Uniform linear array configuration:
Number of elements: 24
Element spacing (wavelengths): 0.25
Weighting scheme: uniform
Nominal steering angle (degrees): -30
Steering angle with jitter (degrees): -30.603
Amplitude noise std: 0.05
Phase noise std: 0.05

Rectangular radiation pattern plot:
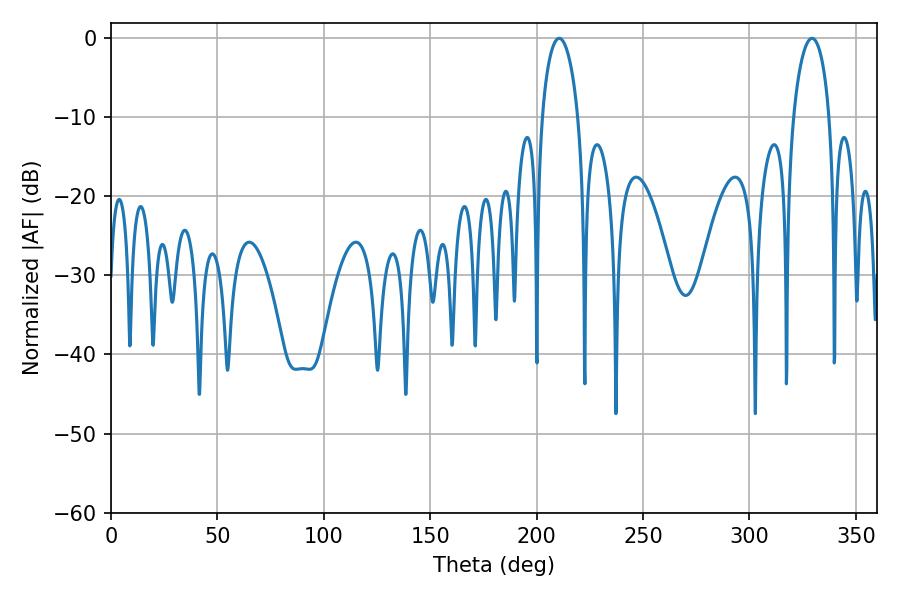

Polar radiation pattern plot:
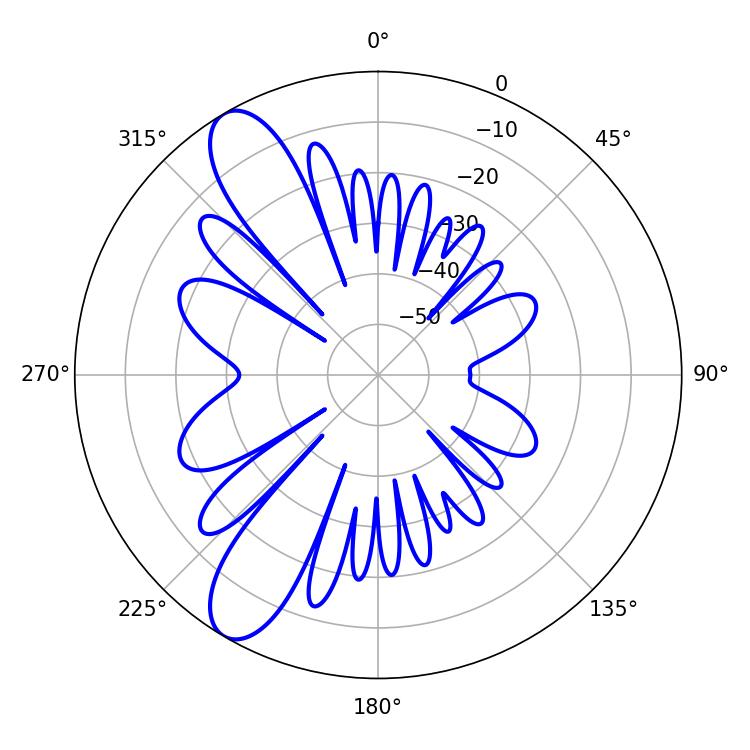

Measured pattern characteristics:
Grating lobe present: FALSE
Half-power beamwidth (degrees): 9.72
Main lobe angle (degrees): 210.6